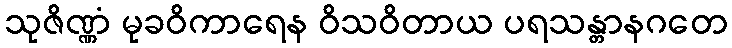
သုဇိဏ္ဏံ မုခဝိကာရေန ဝိသဝိတာယ ပရသန္တာနဂတေ